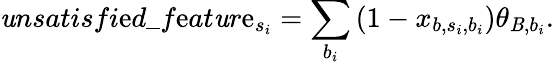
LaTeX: \mathit{u}nsatisfi\mathrm{e}d\_ f\mathrm{e}at\mathit{u}r\mathrm{e}_{s_{i}}=\sum_{b_{i}}\left(1-x_{b,s_{i},b_{i}}\right)\theta_{\mathit{B},b_{i}}.